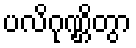
ပလိဂုဏ္ဌိတွာ